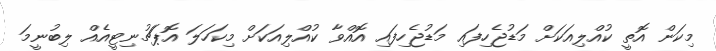
މިކަން އޮތީ ކުއްލިއަކަށް މަޑުޖެހިފައި މަޑުޖެހިފައި އޮއްވާ ކުއްލިއަކަށް މިކަހަލަަ އޮޕަޗުނިޓީއެއް ލިބުނީމަ